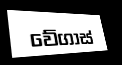
වේගාස්